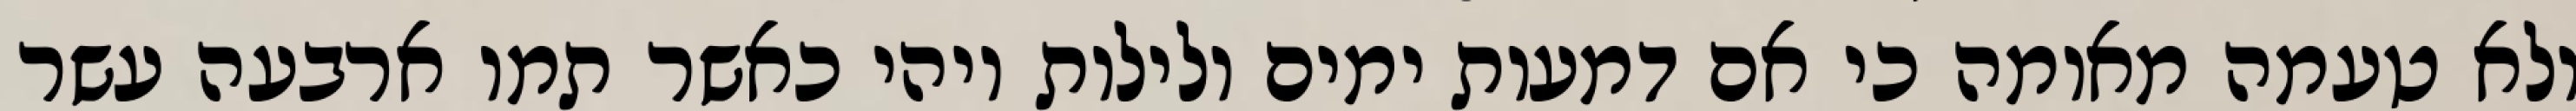
ולא טעמה מאומה כי אם דמעות ימים ולילות ויהי כאשר תמו ארבעה עשר